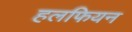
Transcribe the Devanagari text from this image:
हलफियन